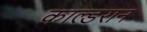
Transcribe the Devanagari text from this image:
काल्डरान